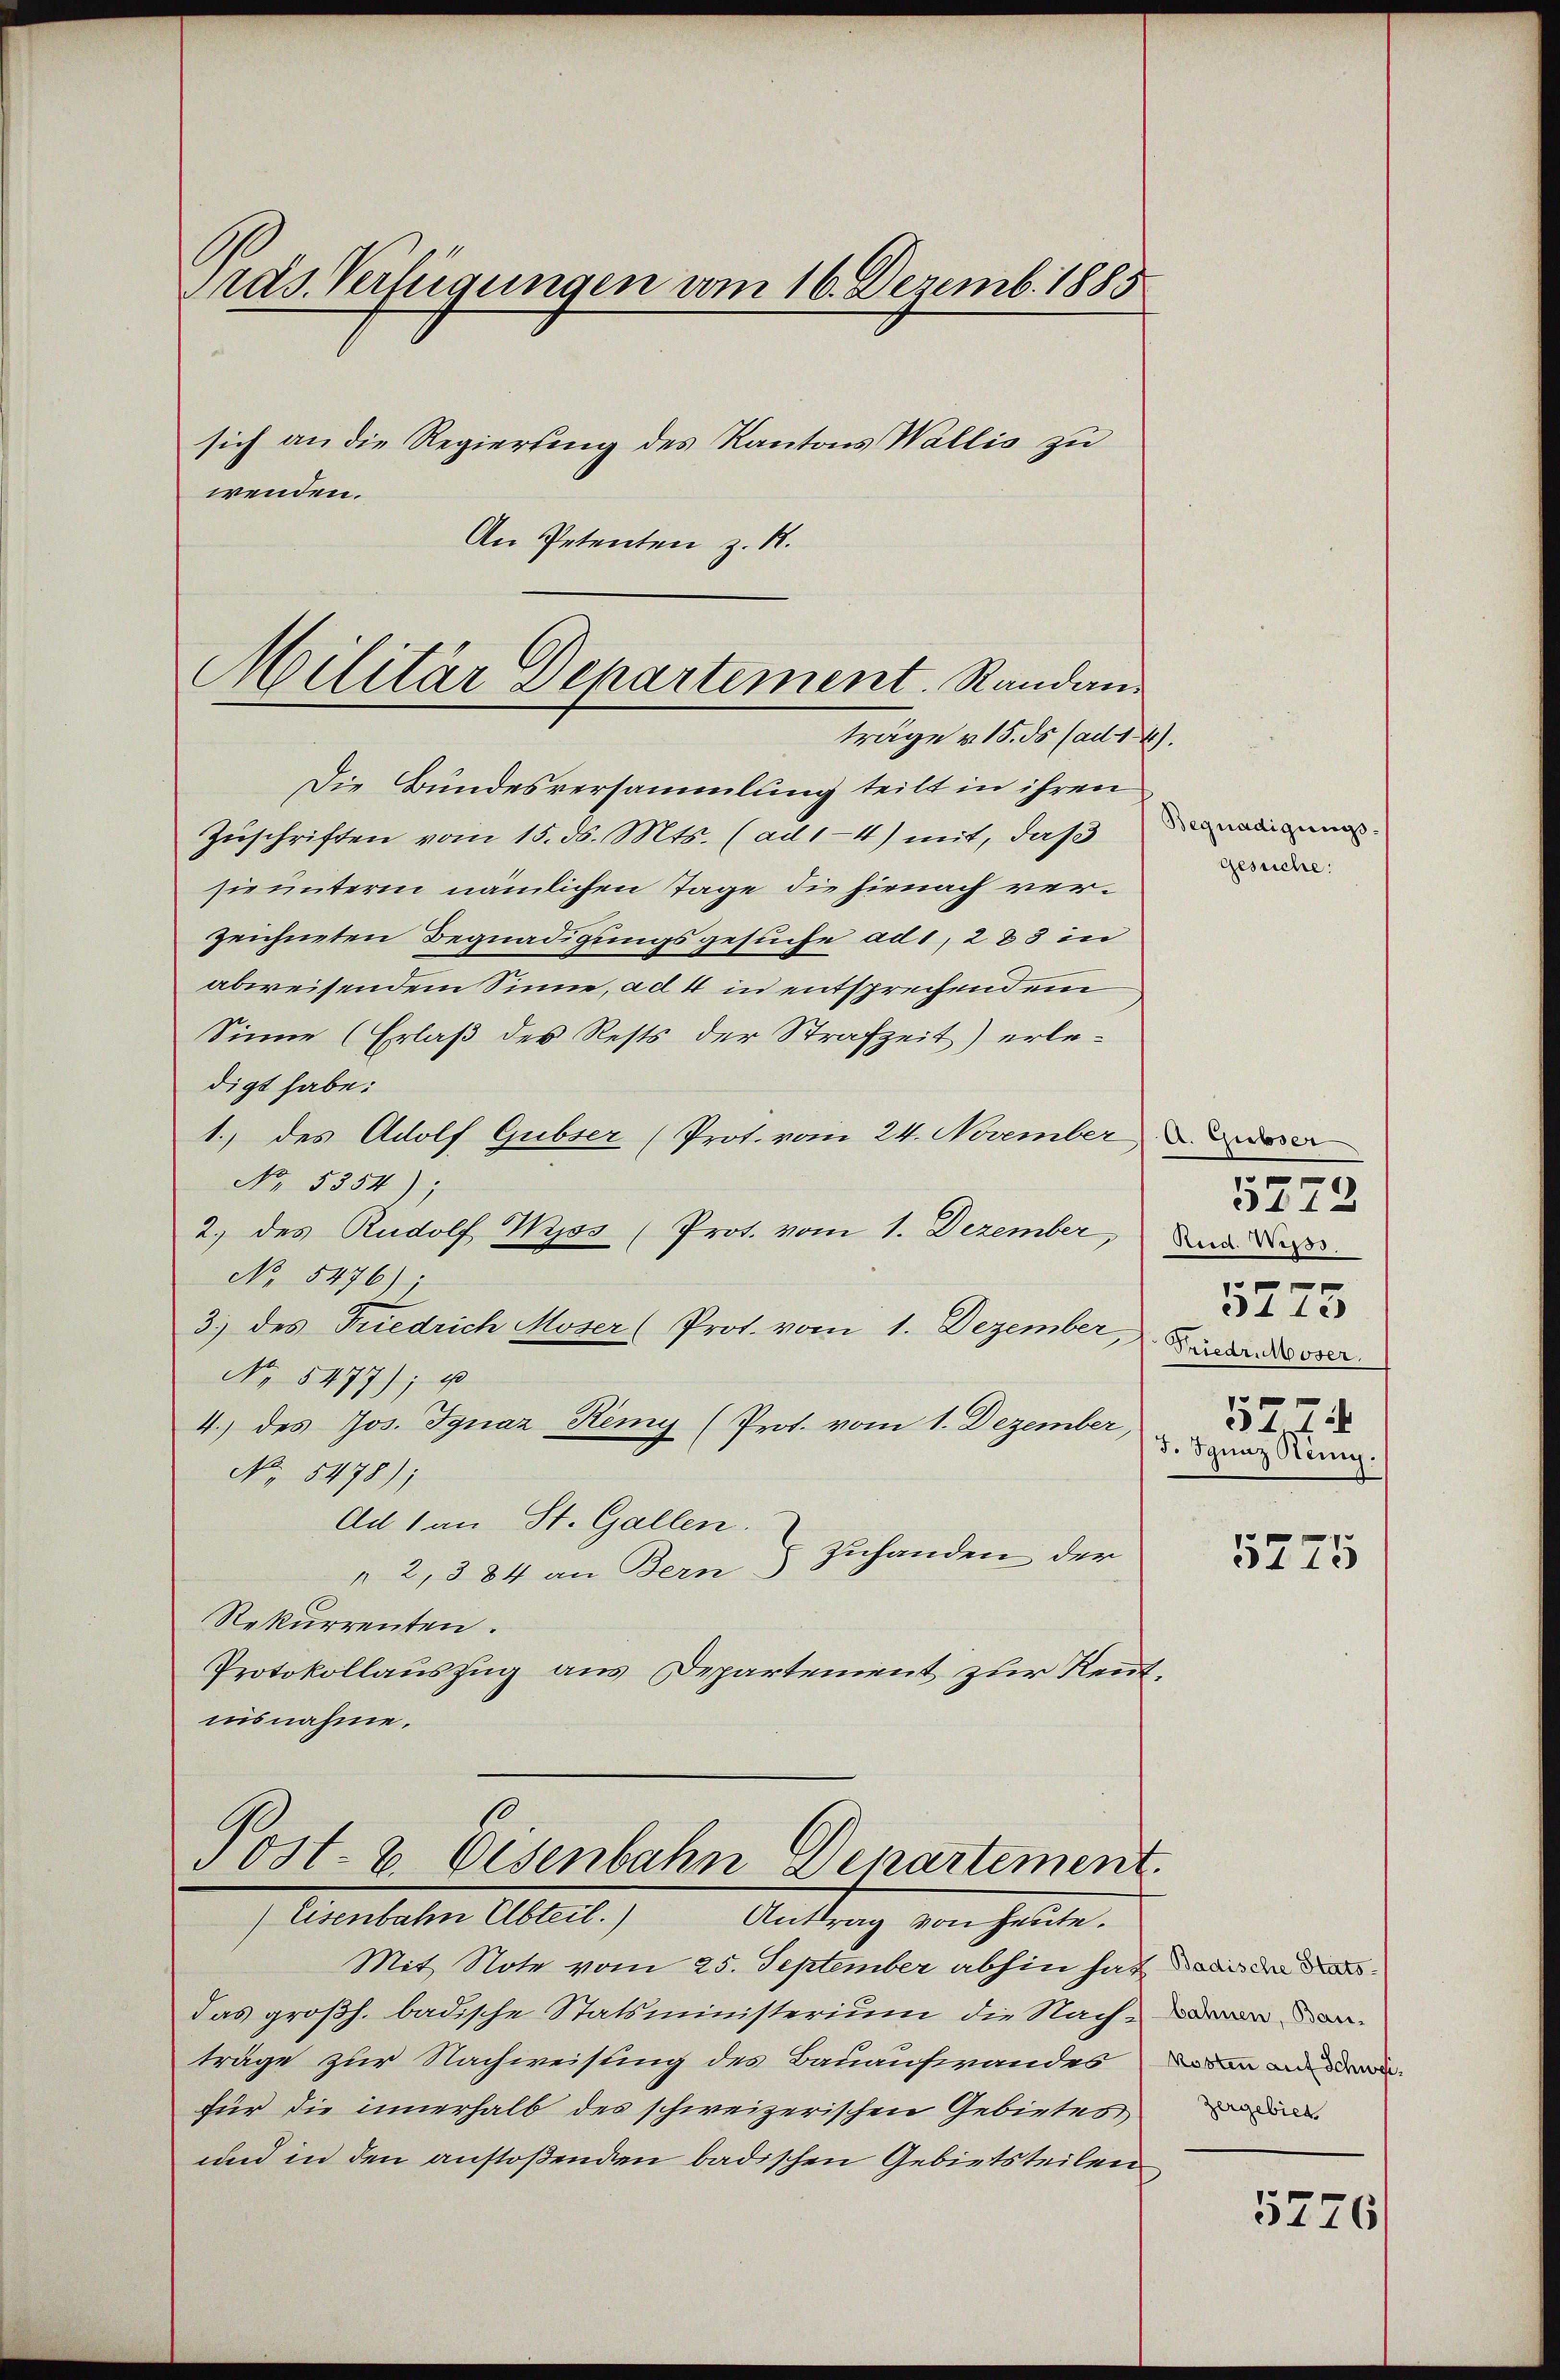
Präs. Verfügungen vom 16. Dezemb. 1885
sich an die Regierung des Kantons Wallis zu
wenden.
An Petenten z. R.

Die Bundesversammlung teilt in ihren
Zuschriften vom 15. ds. Mts. (ad 1-4) mit, daß
sie unterm nämlichen Tage die hienach verzeichneten Begnadigungsgesuche ad 1, 283 in
abweisendem Sinne, ad 4 in entsprechendem
Sinne (Erlaß des Rests der Strafzeit) erledigt habe.
1.) des Adolf Gubser (Prot. vom 24. November
No. 5354);
2.) des Rudolf Wyss (Prot. vom 1. Dezember,
No 5476).
3.) des Friedrich Moser (Prot. vom 1. Dezember,
No 5477); e
4.) des Jos. Ignaz Remy (Prot. vom 1. Dezember,
No. 5478);
Ad 1 an St. Gallen.
" 2, 384 an Bern Zuhanden der
Rekurrenten.
Protokollauszug aus Departement zur Rentuisnahme.

Militär Departement. Randanträge u. 15. ds (ad 1

Post- u. Eisenbahn Departement.
Eisenbahn Abteil.) Antrag von heute.

.

Mit Note vom 25. September abhin hat die da
das großh. badische Statsministerium die Nachträge zur Nachweisung des Bauaufwandes den ander
für die innerhalb des schweizerischen Gebietes
und in den anstoßenden badischen Gebietsteilen

Begnadigungs
Gesuche:

A. Gibser
5112
Rud. Weiss
5275
Friedr. Moser.
577.
3. Ignaz König.

.

5275

Zergebiet

5776